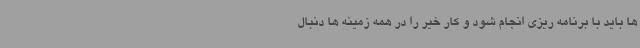
ها باید با برنامه ریزی انجام شود و کار خیر را در همه زمینه ها دنبال